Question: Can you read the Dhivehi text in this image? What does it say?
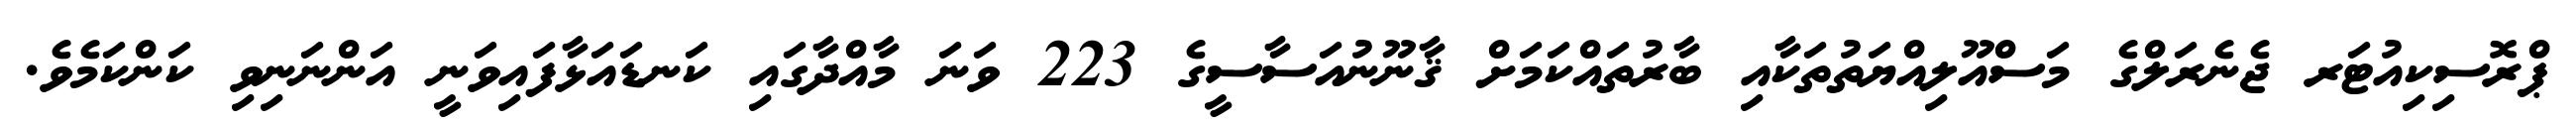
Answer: ޕްރޮސިކިއުޓަރ ޖެނެރަލްގެ މަސްއޫލިއްޔަތުތަކާއި ބާރުތައްކަމަށް ޤާނޫނުއަސާސީގެ 223 ވަނަ މާއްދާގައި ކަނޑައަޅާފައިވަނީ އަންނަނިވި ކަންކަމެވެ.